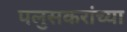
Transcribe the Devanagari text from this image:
पलुसकरांच्या